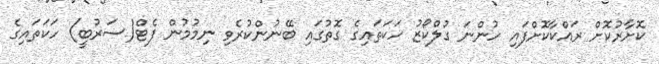
ކޮށާރުކޮށް ރައްކާކޮށްފައި ހުންނަ ގުލްކޯޒު ހަކަތައިގެ ގޮތުގައި ބޭނުންކުރެވި ނިމުމުން ފެޓް(ސަރުބީ) ހަކަތައިގެ